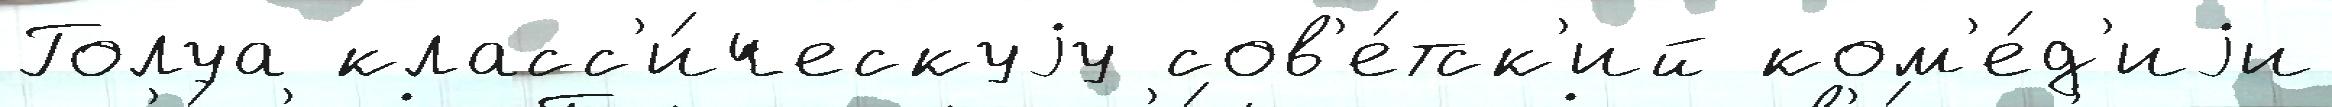
Голуа класс'и́ческуjу сов'е́тск'ий ком'е́д'иjи